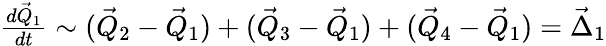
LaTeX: \begin{array}{r}{\frac{d\vec{Q}_{1}}{dt}\sim(\vec{Q}_{2}-\vec{Q}_{1})+(\vec{Q}_{3}-\vec{Q}_{1})+(\vec{Q}_{4}-\vec{Q}_{1})=\vec{\Delta}_{1}}\end{array}